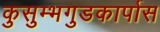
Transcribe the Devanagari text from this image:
कुसुम्भगुडकार्पास